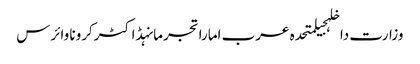
وزارت داخلہجیلمتحدہ عرب اماراتجرمانہڈاکٹرکرونا وائرس